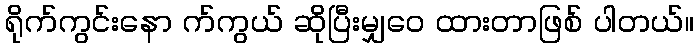
ရိုက်ကွင်းနော က်ကွယ် ဆိုပြီးမျှဝေ ထားတာဖြစ် ပါတယ်။